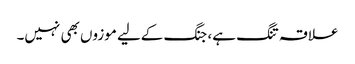
علاقہ تنگ ہے، جنگ کےلیے موزوں بھی نہیں۔